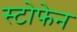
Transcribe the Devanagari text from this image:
स्टोफेन